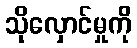
သိုလှောင်မှုကို